Treatise on elephants
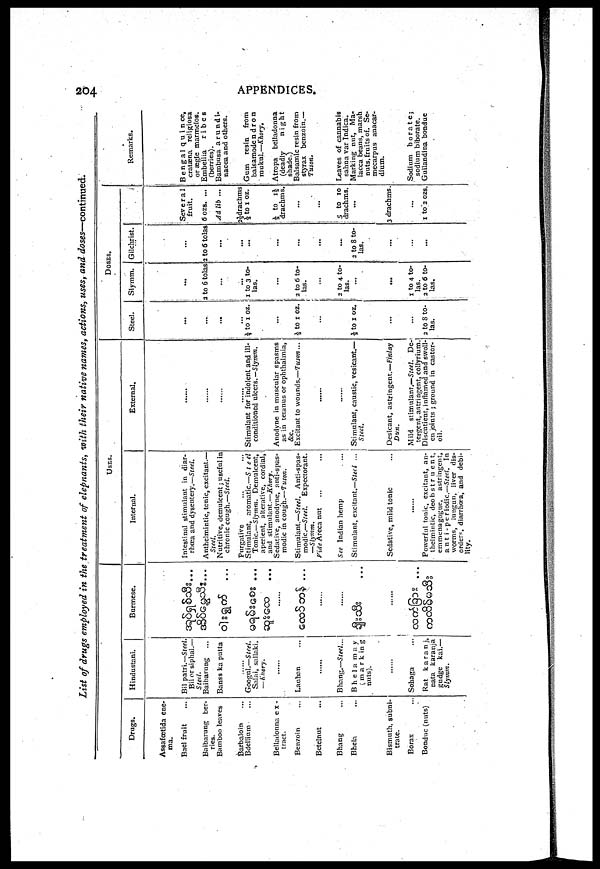
204
APPENDICES.
List of drugs employed in the treatment of elepnants, with their native names, actions, uses, and doses—continued.
Drags.
Assafœtida ene-
ma.
Bael fruit
Baibarung ber-
ries.
Bamboo leaves
Barbalom
Bdellium
Belladonna ex-
tract.
Ben7oin
Betelnut
Bhang
Bhela
Bismuth, subni-
trate.
Borax
Bonduc (nuts)
Hindustani.
Bil patri.—Steel.
Bil or siphal.—
Steel.
Baibarung
Banss ka putta
Googul.—Steel.
Salai, sallaki.
—Knory.
......
Lauban
......
Bhang.—Steel...
Bhela may
marking
nuts).
......
Sohaga
Rat
karanj,
nata karanja
gudge kai.—
Slymm.
Burmese.
...
...
...
...
......
...
......
......
......
...
USES.
Internal.
Intestinal stimulant in diar-
rhœa and dysentery.—Steel.
Anthelmintic, tonic, excitant.—
Steel.
Nutritive, demulcent; useful in
chronic cough.—Steel.
Purgative
Stimulant, aromatic.—Steel
Tonic—Slymm. Demulcent,
aperient, alterative, cordial,
and stimulant.—Khory.
Sedative, anodyne, anti-spas-
modic in cough.—Tuson.
Stimulant.—Steel. Anti-spas-
modic.—Steel.
Expectorant.
—Slymm.
Vide Areca nut ... ...
See Indian hemp ...
Stimulant, excitant.—Steel ...
Sedative, mild tonic ...
......
Powerful tonic, excitant, an-
thelmintic, deobstruent,
emmenagogue,
astringent,
anti-periodic.—Steel. In
worms, lungun, liver dis-
orders, diarrhœa, and debi-
lity.
External.
......
......
......
Stimulant for indolent and ill-
conditioned ulcers.— Slymm.
Anodyne in muscular spasms
as in tetanus or ophthalmia,
&c.
Excitant to wounds.—Tuson ...
......
......
Stimulant, caustic, vesicant.—
Steel.
Desicant, astringent.—Finlay
Dun.
Mild stimulant.—Steel. De-
tergent, astringent, collyrium.
Discutient, inflamed and swoll-
en joints ; ground in castor-
oil.
DOSES.
Steel.
...
...
...
½ to 1 oz.
...
½ to 1 oz.
...
...
½ to 1 oz.
...
...
2 to 8 to-
las.
Slymm.
...
2 to 6 tolas
...
...
...
1 to 3 to-
las.
...
2 to 6 to-
las.
...
2 to 4. to-
las.
...
...
1 to 4 to-
las.
2 to 6 to-
las.
Gilchrist.
...
2 to 6 tolas
... ...
...
...
...
...
...
...
2 to 8 to-
las.
...
...
...
Several
fruit.
6 ozs. ...
Ad lib ...
2½ drachms
½ to 1 oz.
½ to 1½
drachms.
...
...
5 to 10
drachms.
...
3 drachms.
...
1 to 2 ozs.
Remarks.
Bengal quince,
cratæna religiosa
or ægle marmelos.
Embellia
ribes
(berries).
Bambusa arundi-
nacea and others.
Gum
resin
from
balsamodendron
mukul.—Khory.
Atropa belladonna
(deadly
night
shade.)
Balsamic resin from
styrax benzoin.—
Tuson.
...
Leaves of cannabis
sahna var Indica.
Marking nut, Ma-
lacca beans, marsh
nuts, fruits of. Se-
mecarpus anacar-
dium.
Sodium borate ;
sodium biborate.
Guilandina bondue